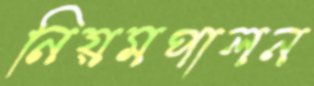
নিয়মপালন